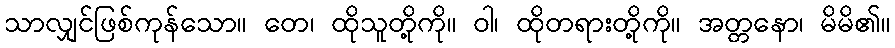
သာလျှင်ဖြစ်ကုန်သော။ တေ၊ ထိုသူတို့ကို။ ဝါ၊ ထိုတရားတို့ကို။ အတ္တနော၊ မိမိ၏။